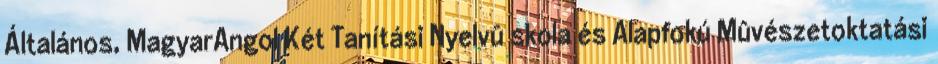
Általános, MagyarAngol Két Tanítási Nyelvû skola és Alapfokú Mûvészetoktatási